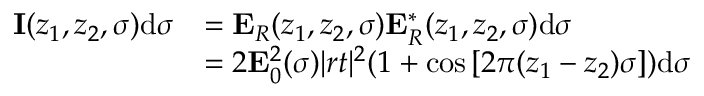
\begin{array} { r l } { \mathbf { I } ( z _ { 1 } , z _ { 2 } , \sigma ) \mathrm { d } \sigma } & { = \mathbf { E } _ { R } ( z _ { 1 } , z _ { 2 } , \sigma ) \mathbf { E } _ { R } ^ { * } ( z _ { 1 } , z _ { 2 } , \sigma ) \mathrm { d } \sigma } \\ & { = 2 \mathbf { E } _ { 0 } ^ { 2 } ( \sigma ) | r t | ^ { 2 } ( 1 + \cos { [ 2 \pi ( z _ { 1 } - z _ { 2 } ) \sigma ] ) } \mathrm { d } \sigma } \end{array}